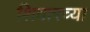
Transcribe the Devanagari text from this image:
शिवारच्या